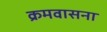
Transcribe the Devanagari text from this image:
क्रमवासना